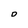
Character: O